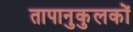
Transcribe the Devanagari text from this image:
तापानुकुलकों